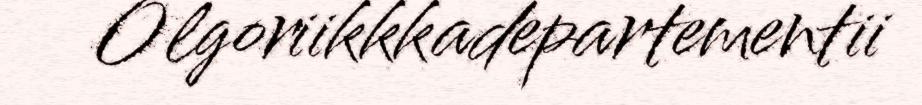
Olgoriikkkadepartementii